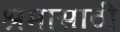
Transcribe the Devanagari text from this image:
श्रमासाठी